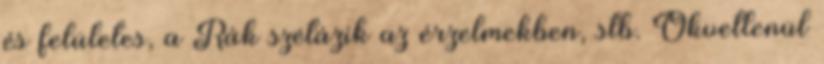
és felületes, a Rák szétázik az érzelmekben, stb. Okvetlenül